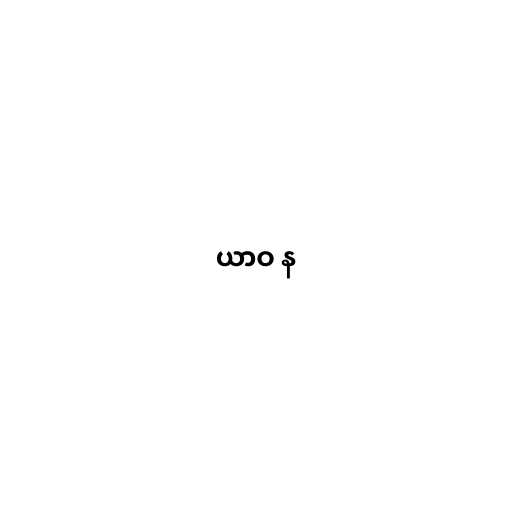
ယာဝ န